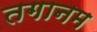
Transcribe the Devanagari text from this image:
तगानम